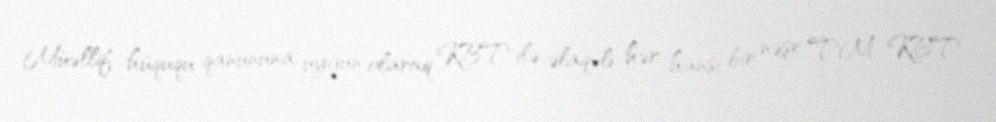
Müəllif hüququ qanununa uyğun olaraq KBT ilə əlaqəli hər hansı bir nəşr TM KBT